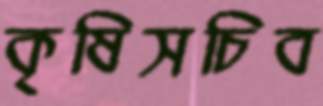
কৃষিসচিব